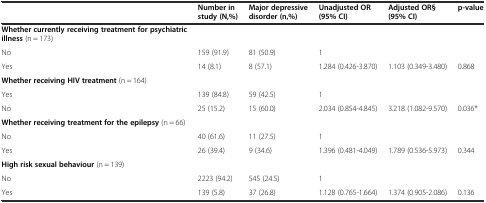
|  | Number in study (N,%) | Major depressive disorder (n,%) | Unadjusted OR (95% CI) | Adjusted OR§ (95% CI) | p-value |
 | --- | --- | --- | --- | --- | --- |
 | Whether currently receiving treatment for psychiatric illness (n = 173) | <COLSPAN=5>  |
 | No | 159 (91.9) | 81 (50.9) | 1 |  |  |
 | Yes | 14 (8.1) | 8 (57.1) | 1.284 (0.426-3.870) | 1.103 (0.349-3.480) | 0.868 |
 | Whether receiving HIV treatment (n = 164) | <COLSPAN=5>  |
 | Yes | 139 (84.8) | 59 (42.5) | 1 |  |  |
 | No | 25 (15.2) | 15 (60.0) | 2.034 (0.854-4.845) | 3.218 (1.082-9.570) | 0.036* |
 | Whether receiving treatment for the epilepsy (n = 66) | <COLSPAN=5>  |
 | No | 40 (61.6) | 11 (27.5) | 1 |  |  |
 | Yes | 26 (39.4) | 9 (34.6) | 1.396 (0.481-4.049) | 1.789 (0.536-5.973) | 0.344 |
 | High risk sexual behaviour (n = 139) | <COLSPAN=5>  |
 | No | 2223 (94.2) | 545 (24.5) | 1 |  |  |
 | Yes | 139 (5.8) | 37 (26.8) | 1.128 (0.765-1.664) | 1.374 (0.905-2.086) | 0.136 |